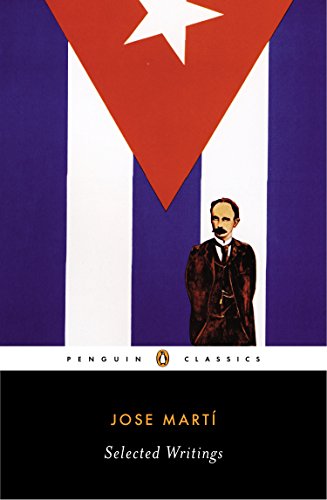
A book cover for Selected Writings (Penguin Classics); Jose Marti; Literature & Fiction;